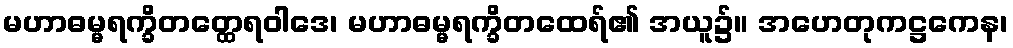
မဟာဓမ္မရက္ခိတတ္ထေရဝါဒေ၊ မဟာဓမ္မရက္ခိတထေရ်၏ အယူ၌။ အဟေတုကဋ္ဌကေန၊